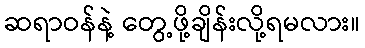
ဆရာဝန်နဲ့ တွေ့ဖို့ချိန်းလို့ရမလား။